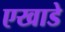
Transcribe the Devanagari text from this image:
एखाडे